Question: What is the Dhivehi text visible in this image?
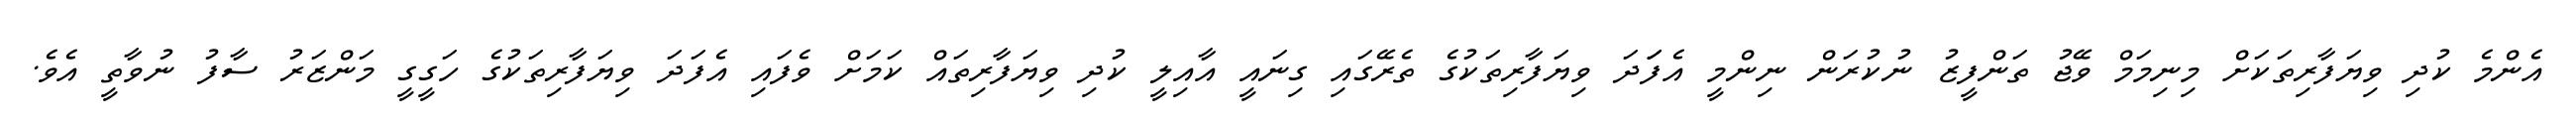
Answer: އެންމެ ކުދި ވިޔަފާރިތަކަށް މިނިމަމް ވޭޖު ތަންފީޒު ނުކުރަން ނިންމީ އެފަަދަ ވިޔަފާރިތަކުގެ ތެރޭގައި ގިނައީ އާއިލީ ކުދި ވިޔަފާރިތައް ކަމަށް ވެފައި އެފަދަ ވިޔަފާރިތަކުގެ ހަގީގީ މަންޒަރު ސާފު ނުވާތީ އެވެ.